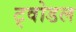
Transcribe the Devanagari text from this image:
ट्वोडल